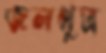
জলপুত্র